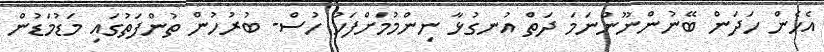
އެހެން ހަދަން ބޭނުންނޫންނަމަ ދަތް އުނގުޅާ ނިންމުމަށްފަހު ހުސް- ބުރުހުން ތުންފަތުގައި މަޑުމަޑުން